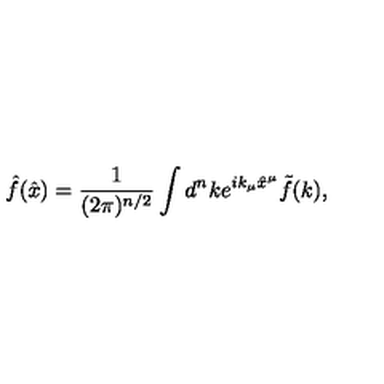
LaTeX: \hat { f } ( \hat { x } ) = \frac { 1 } { ( 2 \pi ) ^ { n / 2 } } \int d ^ { n } k e ^ { i k _ { \mu } \hat { x } ^ { \mu } } \tilde { f } ( k ) ,